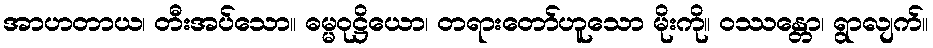
အာဟတာယ၊ တီးအပ်သော။ ဓမ္မဝုဋ္ဌိယော၊ တရားတော်ဟူသော မိုးကို။ ဝဿန္တော၊ ရွာလျက်။